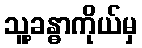
သူ့ခန္ဓာကိုယ်မှ